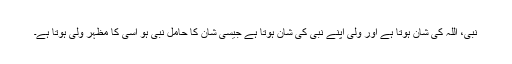
نبی، اللہ کی شان ہوتا ہے اور ولی اپنے نبی کی شان ہوتا ہے جیسی شان کا حامل نبی ہو اسی کا مظہر ولی ہوتا ہے۔